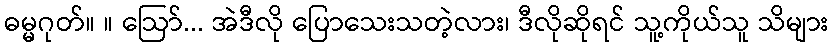
ဓမ္မဂုတ်။ ။ ဩော်... အဲဒီလို ပြောသေးသတဲ့လား၊ ဒီလိုဆိုရင် သူ့ကိုယ်သူ သိများ